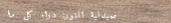
صيدلية النور: دواء كل ما